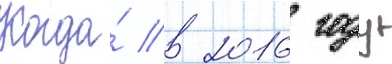
Когда́ в 2016 году